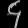
Digit: ၄